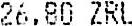
26.80 ZRL